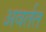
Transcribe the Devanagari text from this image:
अवर्तत